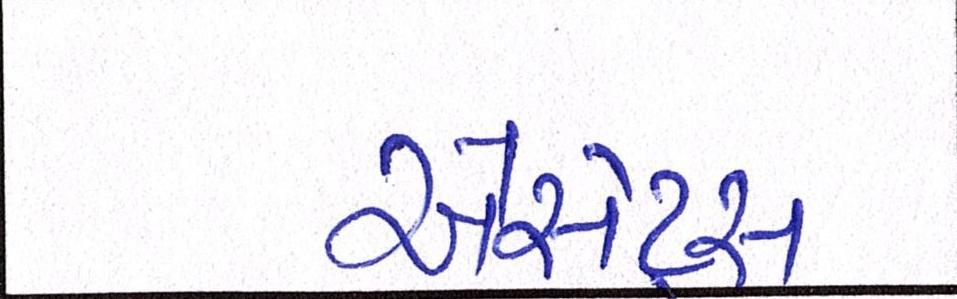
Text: એસેટ્સ